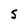
Character: 5